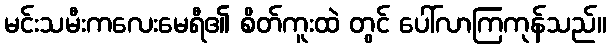
မင်းသမီးကလေးမေရီ၏ စိတ်ကူးထဲ တွင် ပေါ်လာကြကုန်သည်။